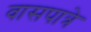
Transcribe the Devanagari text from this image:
वासपात्रे